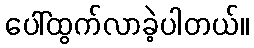
ပေါ်ထွက်လာခဲ့ပါတယ်။